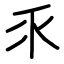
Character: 乑